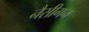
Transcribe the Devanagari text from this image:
नैसीगन